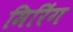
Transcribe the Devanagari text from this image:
मिरिंग